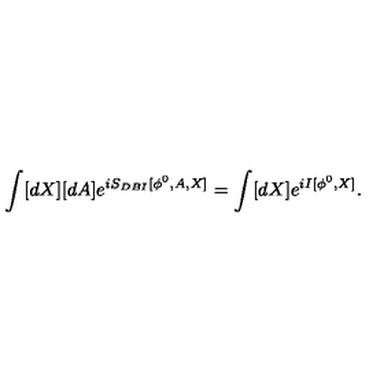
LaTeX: \int [ d X ] [ d A ] e ^ { i S _ { D B I } [ \phi ^ { 0 } , A , X ] } = \int [ d X ] e ^ { i I [ \phi ^ { 0 } , X ] } .